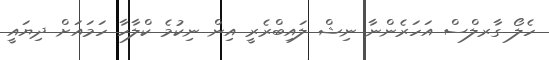
ހެލޯ ގާރލްސް އަހަރެންނާ ނިޝް ލައިބްރެރީ އިން ނިކުމެ ކްލާހާ ހަމައަށް ދިޔައީ